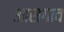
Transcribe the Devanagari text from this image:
आसगाव